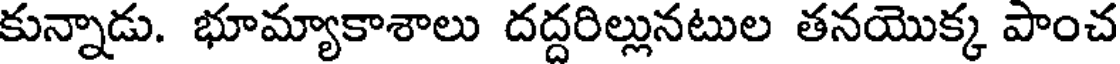
కున్నాడు. భూమ్యాకాశాలు దద్దరిల్లునటుల తనయొక్క పాంచ